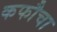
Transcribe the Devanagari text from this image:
कफौचा